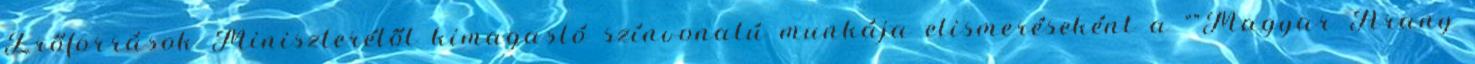
Erőforrások Miniszterétől kimagasló színvonalú munkája elismeréseként a “”Magyar Arany